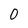
Character: 0